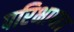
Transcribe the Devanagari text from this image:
परिभाषा।